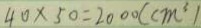
4 0 \times 5 0 = 2 0 0 0 ( c m ^ { 3 } )